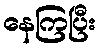
နေကြပြီး